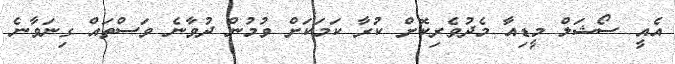
އެއީ ސޯޝަލް މީޑިއާ މެދުވެރިކޮށް ކުރާ ކަމަކަށް ވުމުން ދުވާނެ ވަސްތައް ގިނަވާނެ